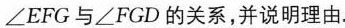
∠EFG与∠FGD的关系，并说明理由。